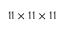
1 1 \times 1 1 \times 1 1